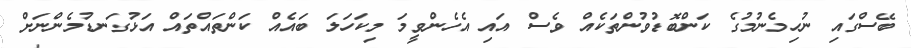
ބޭސްގައި ނުހިމެނުމުގެ ކަންބޮޑުވުންތަކެއް ވެސް އައި އެހެންވީމަ މިކަހަލަ ބައެއް ކަންތައްތައް އަޅުގަނޑުމެންނަށް